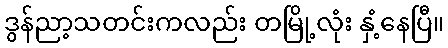
ဒွန်ညာ့သတင်းကလည်း တမြို့လုံး နှံ့နေပြီ။